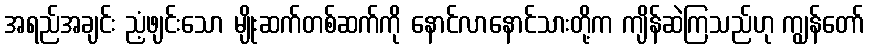
အရည်အချင်း ညံ့ဖျင်းသော မျိုးဆက်တစ်ဆက်ကို နောင်လာနောင်သားတို့က ကျိန်ဆဲကြသည်ဟု ကျွန်တော်